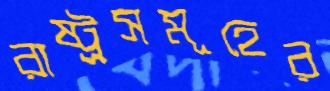
রাষ্ট্রসমূহের